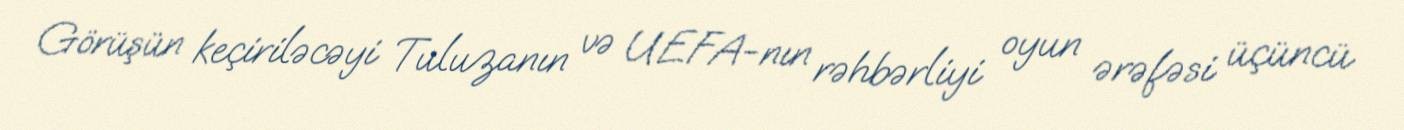
Görüşün keçiriləcəyi Tuluzanın və UEFA-nın rəhbərliyi oyun ərəfəsi üçüncü